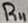
Text: R11